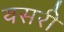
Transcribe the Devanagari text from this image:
यसरी